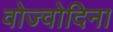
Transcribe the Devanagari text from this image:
वोज्वोदिना